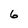
Character: 6